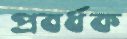
প্রবর্ধক